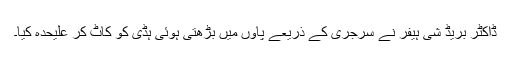
ڈاکٹر بریڈ شی ہیفر نے سرجری کے ذریعے پاوں میں بڑھتی ہوئی ہڈی کو کاٹ کر علیحدہ کیا۔